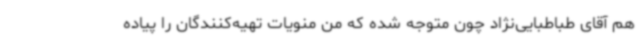
هم آقای طباطبایی‌نژاد چون متوجه شده که من منویات تهیه‌کنندگان را پیاده